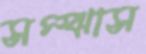
সম্‌ঝাস